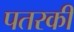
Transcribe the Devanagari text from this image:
पतरकी